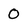
Character: 0